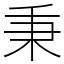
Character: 秉